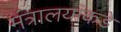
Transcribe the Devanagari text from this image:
मंत्रालयांकडे